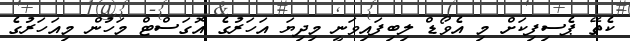
ކެތޭ ޕެސިފިކަށް މި އެވޯޑް ލިބިފައިވަނީ މިދިޔަ އަހަރުގެ އޮގަސްޓް މަހުން މިއަހަރުގެ